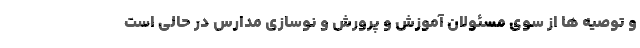
و توصیه ها از سوی مسئولان آموزش و پرورش و نوسازی مدارس در حالی است